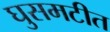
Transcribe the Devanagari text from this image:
घुसमटीत